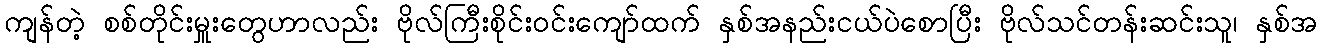
ကျန်တဲ့ စစ်တိုင်းမှူးတွေဟာလည်း ဗိုလ်ကြီးစိုင်းဝင်းကျော်ထက် နှစ်အနည်းငယ်ပဲစောပြီး ဗိုလ်သင်တန်းဆင်းသူ၊ နှစ်အ